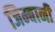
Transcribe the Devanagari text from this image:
जिम्बानी